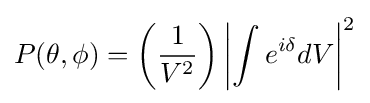
P(\theta ,\phi )=\left({\frac {1}{V^{2}}}\right)\left|\int e^{i\delta }dV\right|^{2}